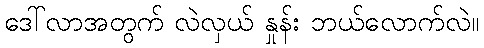
ဒေါ်လာအတွက် လဲလှယ် နှုန်း ဘယ်လောက်လဲ။